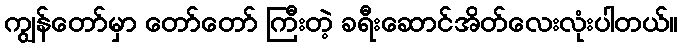
ကျွန်တော်မှာ တော်တော် ကြီးတဲ့ ခရီးဆောင်အိတ်လေးလုံးပါတယ်။